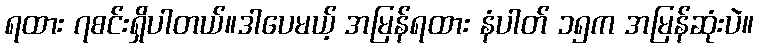
ရထား ၇စင်းရှိပါတယ်။ဒါပေမယ့် အမြန်ရထား နံပါတ် ၁၅က အမြန်ဆုံးပဲ။